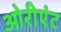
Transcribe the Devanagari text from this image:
ओरीएंट